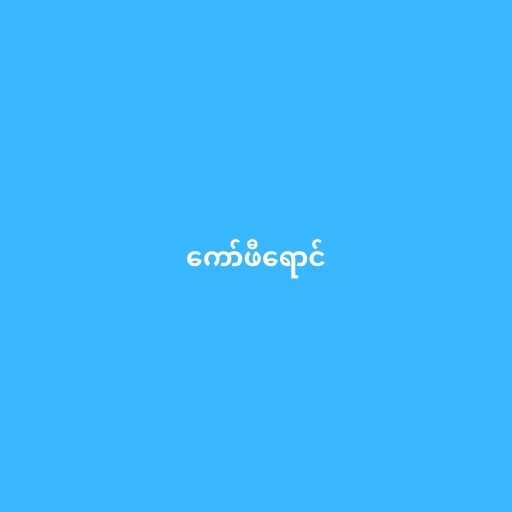
ကော်ဖီရောင်